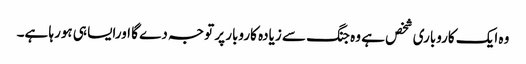
وہ ایک کاروباری شخص ہے وہ جنگ سے زیادہ کاروبار پر توجہ دے گا اورایسا ہی ہورہا ہے۔